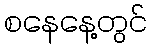
စနေနေ့တွင်